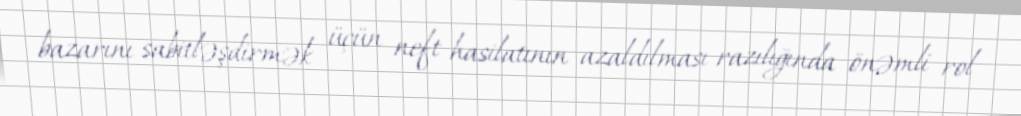
bazarını sabitləşdirmək üçün neft hasilatının azaldılması razılığında önəmli rol